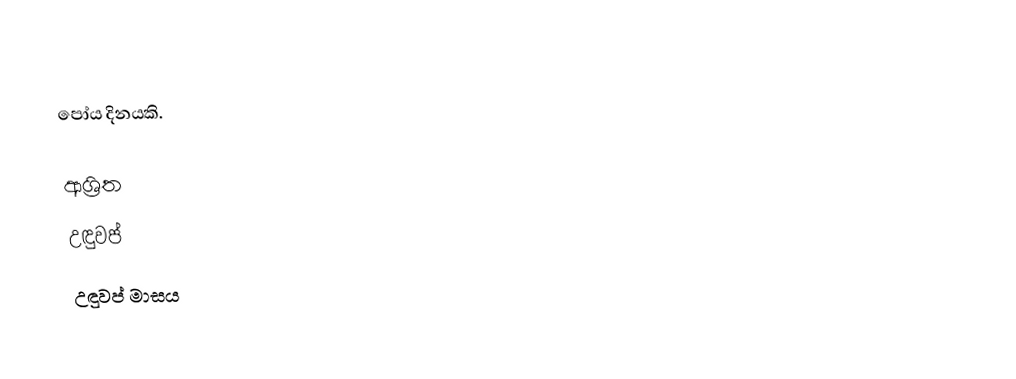
පෝය දිනයකි.

ආශ්‍රිත
 උඳුවප්
 උඳුවප් මාසය